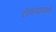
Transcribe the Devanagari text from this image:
टोकदारपणे